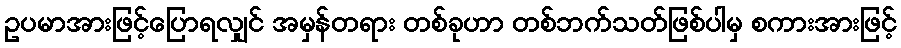
ဥပမာအားဖြင့်ပြောရလျှင် အမှန်တရား တစ်ခုဟာ တစ်ဘက်သတ်ဖြစ်ပါမှ စကားအားဖြင့်